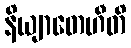
နိယျာတေဟီတိ